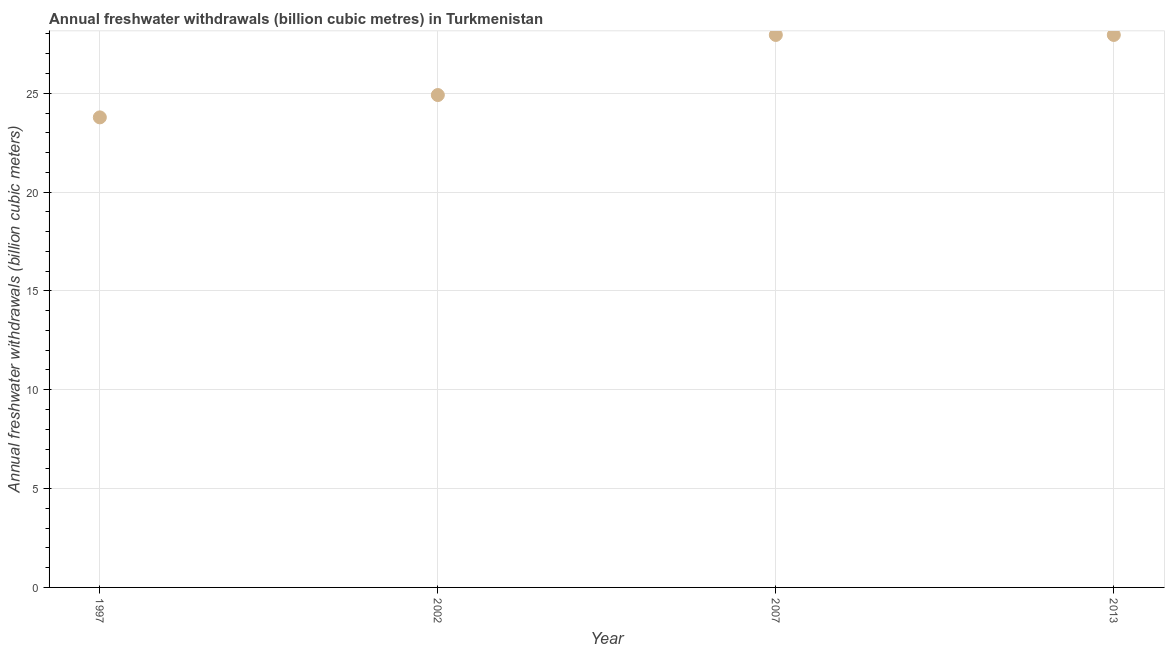
| Year | Annual freshwater withdrawals |
 | --- | --- |
 | 1997 | 23.8 |
 | 2002 | 24.9 |
 | 2007 | 27.9 |
 | 2013 | 27.9 |